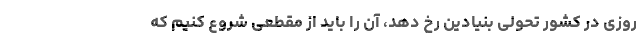
روزی در کشور تحولی بنیادین رخ دهد، آن را باید از مقطعی شروع کنیم که